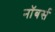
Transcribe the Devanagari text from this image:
नॉबर्स